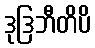
ဒုဒြဘီတိပိ